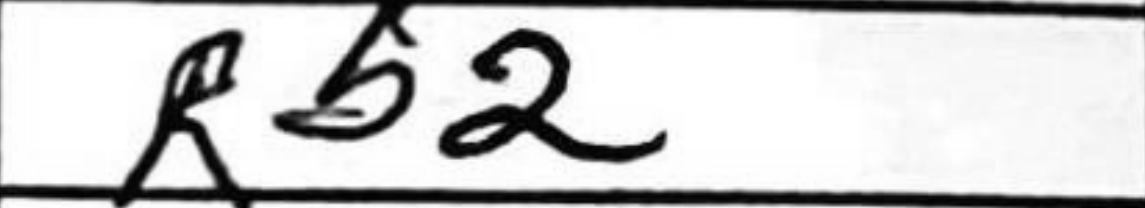
Transcription: Rb2